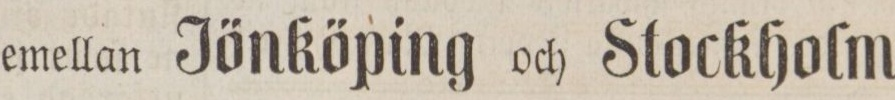
emellan Jönköping och Stockholm.